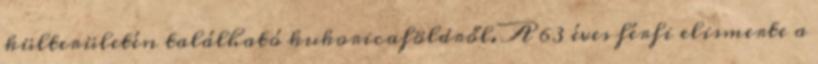
külterületén található kukoricaföldről. A 63 éves férfi elismerte a